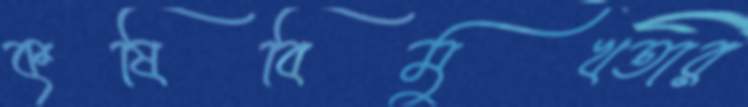
কৃষিবিমুখতার